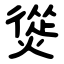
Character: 熧